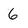
Character: 6